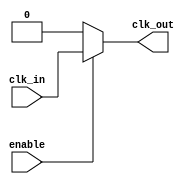
module ClockGatingCell (
    input wire clk_in,
    input wire enable,
    output wire clk_out
);
    // Clock Gating Logic
    assign clk_out = enable ? clk_in : 1'b0; // Pass the clock if enabled, else output 0
endmodule